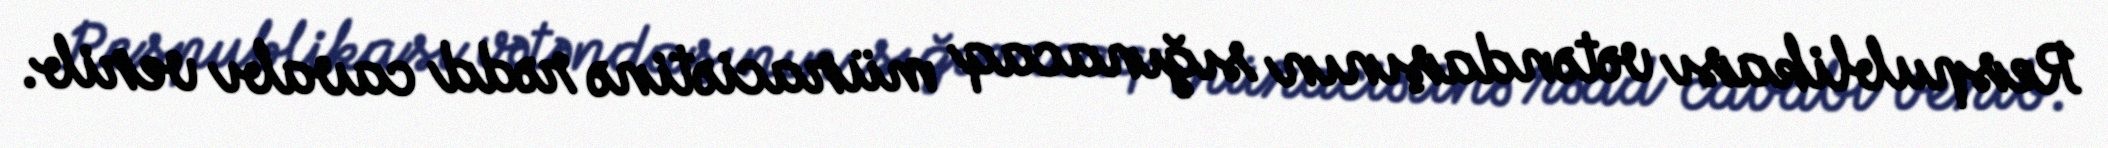
Respublikası vətəndaşının sığınacaq müraciətinə rədd cavabı verib.